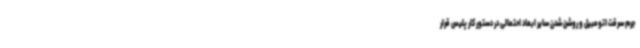
جرم سرقت اتومبیل و روشن شدن سایر ابعاد احتمالی در دستور کار پلیس قرار